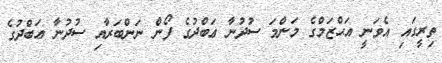
ތިރީގައި އެވަނީ އަޙްޒަމްގެ މަންމަ ސުދުނާ ޢަބްދުގެ ފޯން ނަންބަރާއި ސުދުނާ ޢަބްދުގެ